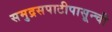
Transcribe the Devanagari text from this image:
समुद्रसपाटीपासून्ची